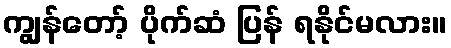
ကျွန်တော့် ပိုက်ဆံ ပြန် ရနိုင်မလား။